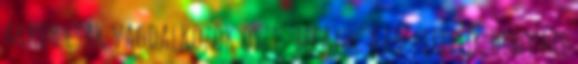
akkor csak vagdalkozok oszt´ befaxol a főszereplő, hogy mi